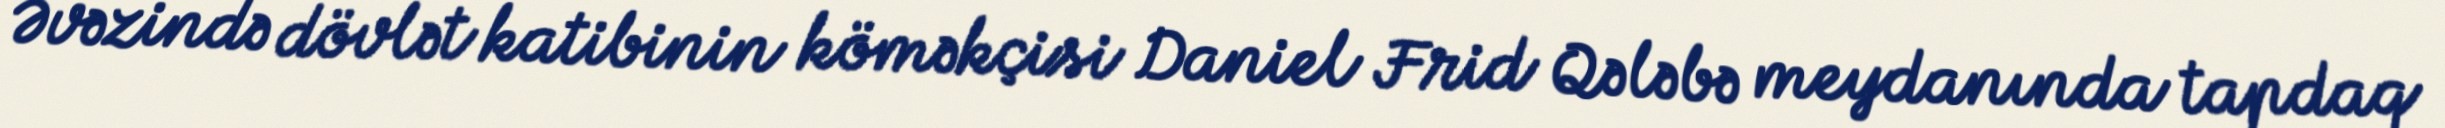
Əvəzində dövlət katibinin köməkçisi Daniel Frid Qələbə meydanında tapdaq